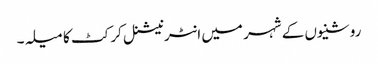
روشنیوں کے شہر میں انٹرنیشنل کرکٹ کا میلہ۔